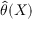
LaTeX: { \hat { \theta } } ( X )